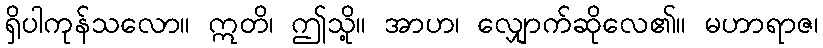
ရှိပါကုန်သလော။ ဣတိ၊ ဤသို့။ အာဟ၊ လျှောက်ဆိုလေ၏။ မဟာရာဇ၊